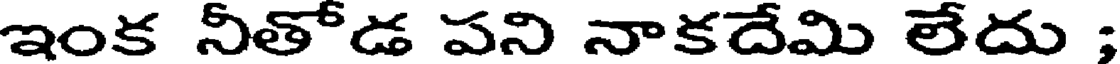
ఇంక నీతోడ పని నాకదేమి లేదు ;